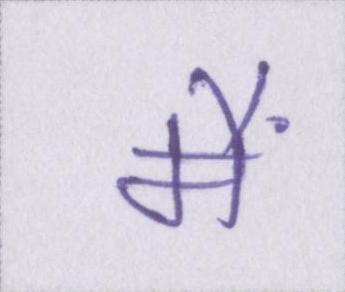
मैं